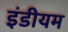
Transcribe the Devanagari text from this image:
इंडीयम